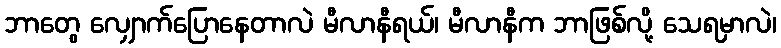
ဘာတွေ လျှောက်ပြောနေတာလဲ မီလာနီရယ်၊ မီလာနီက ဘာဖြစ်လို့ သေရမှာလဲ၊